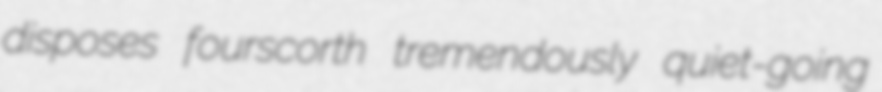
disposes fourscorth tremendously quiet-going